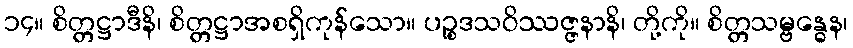
၁၄။ စိတ္တဋ္ဌာဒီနိ၊ စိတ္တဋ္ဌာအစရှိကုန်သော။ ပဉ္စဒသဝိဿဇ္ဇနာနိ၊ တို့ကို။ စိတ္တသမ္ဗန္ဓေန၊